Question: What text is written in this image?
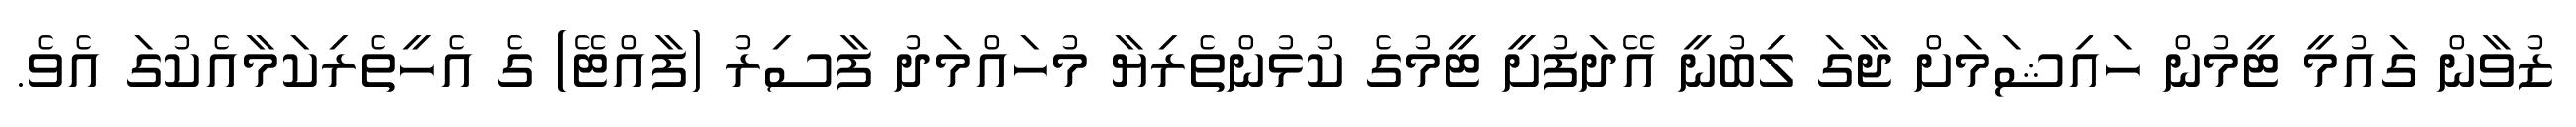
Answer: ޒުވާން ގައުމީ ޓީމުން ހައިޝަމަށް ޖާގަ ލިބުނީ އޭދަފުށީ ޓީމުގެ ކުޅުންތެރިޔާ މުހައްމަދު ފާސިރު (ފާއްޓޭ) ގެ އެހީތެރިކަމާއެކުގަ އެވެ.